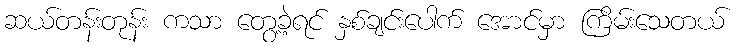
ဆယ်တန်းတုန်း ကသာ တွေ့ခဲ့ရင် နှစ်ချင်းပေါက် အောင်မှာ ကြိမ်းသေတယ်